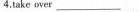
4.take\underlineover